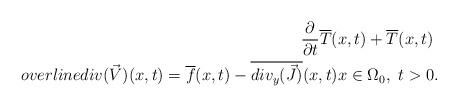
LaTeX: \begin{align*}\frac{\partial}{\partial t} \overline{T}(x,t) +\overline{T}(x,t) \ \\overline{div (\vec{V})}(x,t) =\overline{f}(x,t)-\overline{div_y(\vec{J})}(x,t) x\in \Omega_0, \ t>0 . \end{align*}